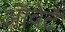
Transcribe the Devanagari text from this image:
ऑवेर्ट